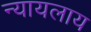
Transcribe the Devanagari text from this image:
न्यायलाय